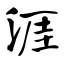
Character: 涯